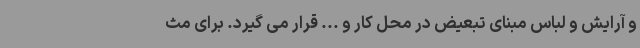
و آرایش و لباس مبنای تبعیض در محل کار و ... قرار می گیرد. برای مث